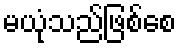
မယုံသည်ဖြစ်စေ